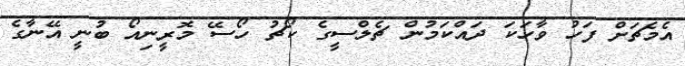
އެމެޗަށް ފަހު ވާހަކަ ދައްކަމުން ޗެލްސީގެ ކޯޗު ހޯސޭ މޮރީނިއޯ ބުނީ އޭނާގެ